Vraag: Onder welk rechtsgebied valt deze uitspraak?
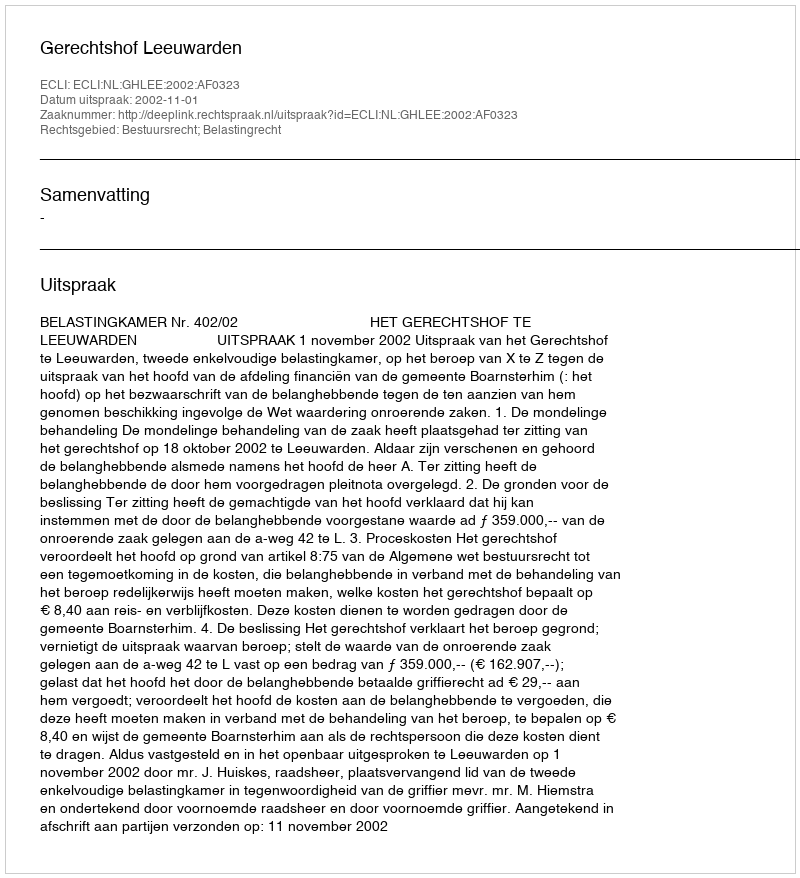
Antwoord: Bestuursrecht; Belastingrecht